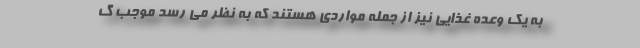
به یک وعده غذایی نیز از جمله مواردی هستند که به نظر می رسد موجب گ